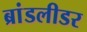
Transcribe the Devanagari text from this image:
ब्रांडलीडर